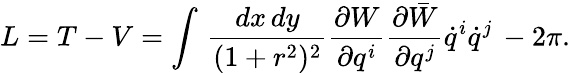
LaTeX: L=T-V=\int\, \frac{dx\, dy}{(1+r^{2})^{2}}\frac{\partial W}{\partial q^{i}}\frac{\partial\bar{W}}{\partial q^{j}}\dot{q}^{i}\dot{q}^{j}\, -2\pi.